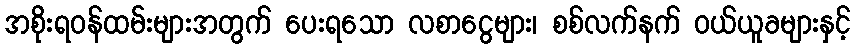
အစိုးရဝန်ထမ်းများအတွက် ပေးရသော လစာငွေများ၊ စစ်လက်နက် ဝယ်ယူခများနှင့်